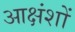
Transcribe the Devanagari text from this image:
आक्षंशों